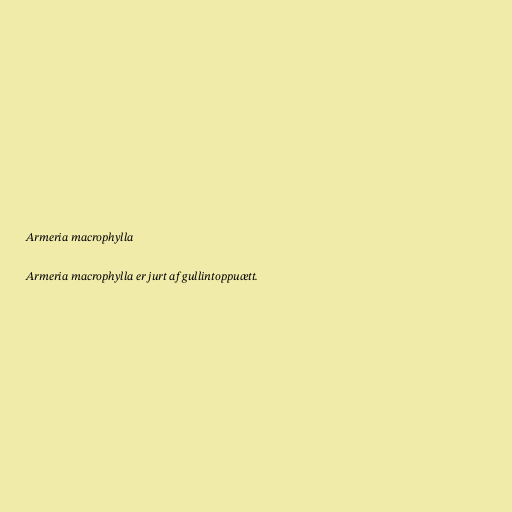
Armeria macrophylla

Armeria macrophylla er jurt af gullintoppuætt.